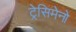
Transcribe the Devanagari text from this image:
ट्रेसिमेनो